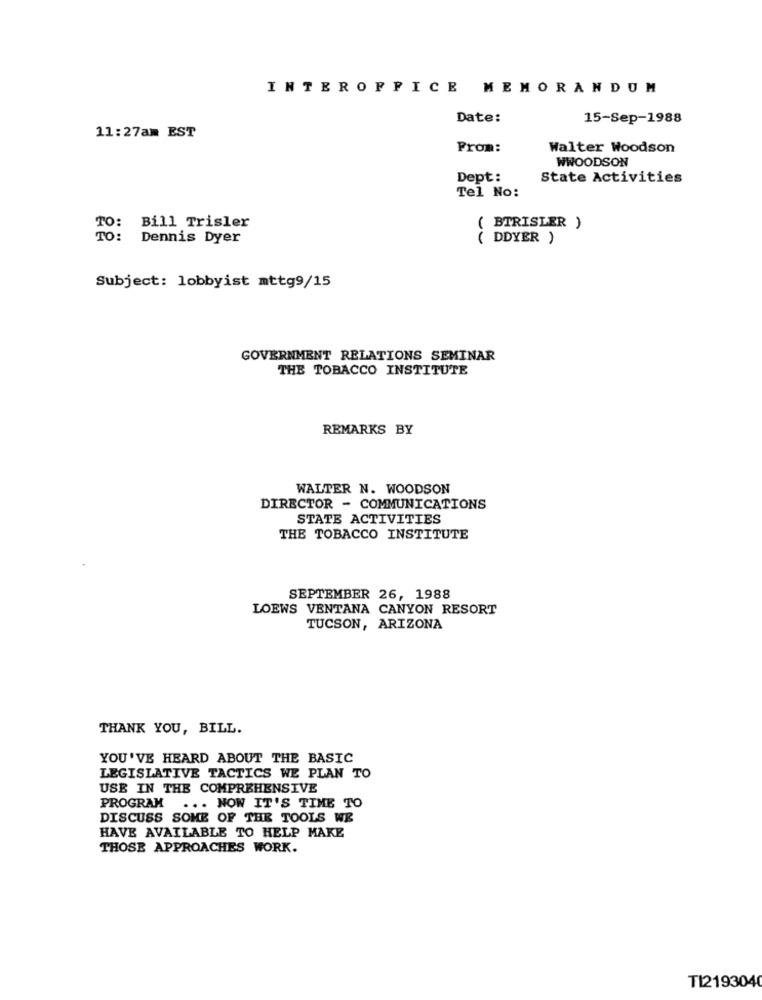
INTEROFFICE MEMORANDUM
Date:
15-Sep-1988
11:27am EST
From:
Walter Woodson
WWOODSON
Dept:
State Activities
Tel No:
TO: Bill Trisler
( BTRISLER )
TO: Dennis Dyer
( DDYER )
Subject: lobbyist mttg9/15
GOVERNMENT RELATIONS SEMINAR
THE TOBACCO INSTITUTE
REMARKS BY
WALTER N. WOODSON
DIRECTOR - COMMUNICATIONS
STATE ACTIVITIES
THE TOBACCO INSTITUTE
SEPTEMBER 26, 1988
LOEWS VENTANA CANYON RESORT
TUCSON, ARIZONA
THANK YOU, BILL.
YOU'VE HEARD ABOUT THE BASIC
LEGISLATIVE TACTICS WE PLAN TO
USE IN THE COMPREHENSIVE
PROGRAM ... NOW IT'S TIME TO
DISCUSS SOME OF THE TOOLS WE
HAVE AVAILABLE TO HELP MAKE
THOSE APPROACHES WORK.
TI2193040